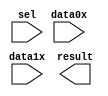
// megafunction wizard: %LPM_MUX%VBB%
// GENERATION: STANDARD
// VERSION: WM1.0
// MODULE: LPM_MUX 

// ============================================================
// Megafunction Name(s):
// 			LPM_MUX
//
// Simulation Library Files(s):
// 			lpm
// ============================================================
// ************************************************************
// THIS IS A WIZARD-GENERATED FILE. DO NOT EDIT THIS FILE!
//
// 20.1.1 Build 720 11/11/2020 SJ Lite Edition
// ************************************************************

//Copyright (C) 2020  Intel Corporation. All rights reserved.
//Your use of Intel Corporation's design tools, logic functions 
//and other software and tools, and any partner logic 
//functions, and any output files from any of the foregoing 
//(including device programming or simulation files), and any 
//associated documentation or information are expressly subject 
//to the terms and conditions of the Intel Program License 
//Subscription Agreement, the Intel Quartus Prime License Agreement,
//the Intel FPGA IP License Agreement, or other applicable license
//agreement, including, without limitation, that your use is for
//the sole purpose of programming logic devices manufactured by
//Intel and sold by Intel or its authorized distributors.  Please
//refer to the applicable agreement for further details, at
//https://fpgasoftware.intel.com/eula.

module processor_data_mux (
	data0x,
	data1x,
	sel,
	result);

	input	[31:0]  data0x;
	input	[31:0]  data1x;
	input	  sel;
	output	[31:0]  result;

endmodule

// ============================================================
// CNX file retrieval info
// ============================================================
// Retrieval info: PRIVATE: INTENDED_DEVICE_FAMILY STRING "Cyclone IV E"
// Retrieval info: PRIVATE: SYNTH_WRAPPER_GEN_POSTFIX STRING "0"
// Retrieval info: PRIVATE: new_diagram STRING "1"
// Retrieval info: LIBRARY: lpm lpm.lpm_components.all
// Retrieval info: CONSTANT: LPM_SIZE NUMERIC "2"
// Retrieval info: CONSTANT: LPM_TYPE STRING "LPM_MUX"
// Retrieval info: CONSTANT: LPM_WIDTH NUMERIC "32"
// Retrieval info: CONSTANT: LPM_WIDTHS NUMERIC "1"
// Retrieval info: USED_PORT: data0x 0 0 32 0 INPUT NODEFVAL "data0x[31..0]"
// Retrieval info: USED_PORT: data1x 0 0 32 0 INPUT NODEFVAL "data1x[31..0]"
// Retrieval info: USED_PORT: result 0 0 32 0 OUTPUT NODEFVAL "result[31..0]"
// Retrieval info: USED_PORT: sel 0 0 0 0 INPUT NODEFVAL "sel"
// Retrieval info: CONNECT: @data 0 0 32 0 data0x 0 0 32 0
// Retrieval info: CONNECT: @data 0 0 32 32 data1x 0 0 32 0
// Retrieval info: CONNECT: @sel 0 0 1 0 sel 0 0 0 0
// Retrieval info: CONNECT: result 0 0 32 0 @result 0 0 32 0
// Retrieval info: GEN_FILE: TYPE_NORMAL processor_data_mux.v TRUE
// Retrieval info: GEN_FILE: TYPE_NORMAL processor_data_mux.inc FALSE
// Retrieval info: GEN_FILE: TYPE_NORMAL processor_data_mux.cmp FALSE
// Retrieval info: GEN_FILE: TYPE_NORMAL processor_data_mux.bsf FALSE
// Retrieval info: GEN_FILE: TYPE_NORMAL processor_data_mux_inst.v FALSE
// Retrieval info: GEN_FILE: TYPE_NORMAL processor_data_mux_bb.v TRUE
// Retrieval info: LIB_FILE: lpm